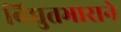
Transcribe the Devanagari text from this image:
विद्युतभाराने